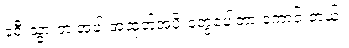
ခရီးသွားတဲ့ အခါ အထုတ်အပိုးတွေပေါ့တာ ကောင်းတယ်။